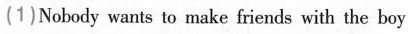
(1)Nobody wants to make friends with the boy